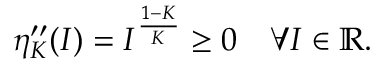
\eta _ { K } ^ { \prime \prime } ( I ) = I ^ { \frac { 1 - K } { K } } \geq 0 \quad \forall I \in \mathbb R .